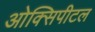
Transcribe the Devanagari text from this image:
ओक्सिपीटल